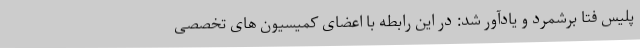
پلیس فتا برشمرد و یادآور شد: در این رابطه با اعضای کمیسیون های تخصصی